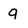
Character: g